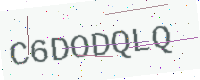
Text: C6DODQLQ